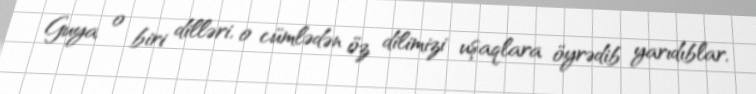
Guya o biri dilləri, o cümlədən öz dilimizi uşaqlara öyrədib yarıdıblar,